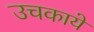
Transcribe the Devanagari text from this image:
उचकाये